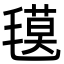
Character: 氁